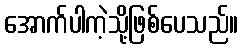
အောက်ပါကဲ့သို့ဖြစ်ပေသည်။